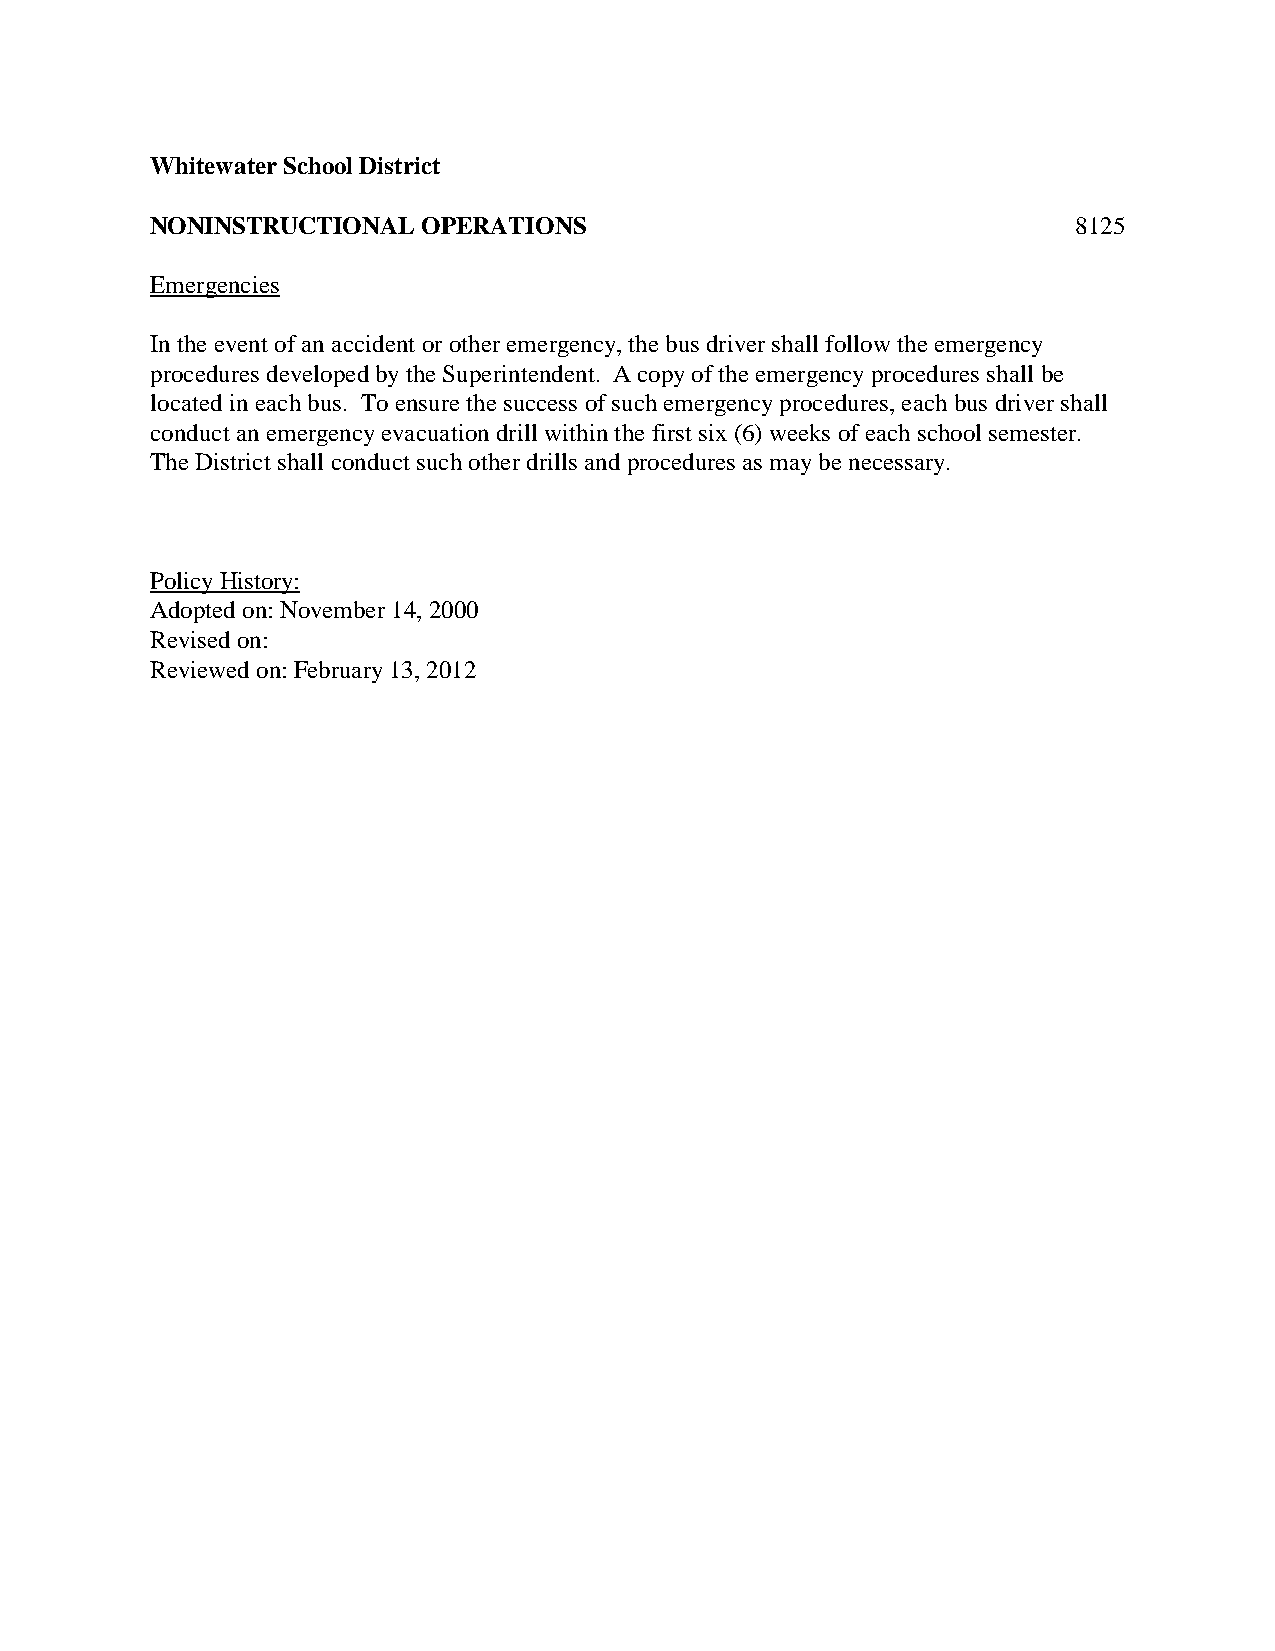
Whitewater School District
 NONINSTRUCTIONAL  OPERATIONS                                 8125
 Emergencies
 In the event of an accident or other emergency, the bus driver shall follow the emergency
 procedures developed by the Superintendent. A copy of the emergency procedures shall be
 located in each bus. To ensure the success of such emergency procedures, each bus driver shall
 conduct an emergency evacuation drill within the first six (6) weeks of each school semester.
 The District shall conduct such other drills and procedures as may be necessary.
 Policy History:
 Adopted on: November 14, 2000
 Revised on:
 Reviewed on: February 13, 2012